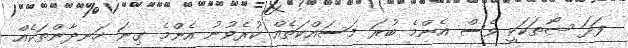
ފަދަ ޝޯތަކަކީ ވެސް އެންމެ ބުރަ މަސައްކަތެއް ކުރެވުނު އެންމެ ގިނަ ހަނދާންތަކެއް